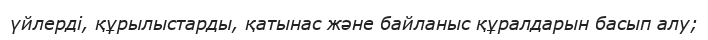
үйлерді, құрылыстарды, қатынас және байланыс құралдарын басып алу;